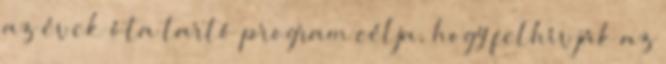
az évek óta tartó program célja, hogy felhívják az